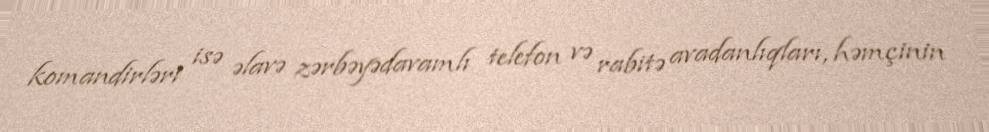
komandirləri isə əlavə zərbəyədavamlı telefon və rabitə avadanlıqları, həmçinin